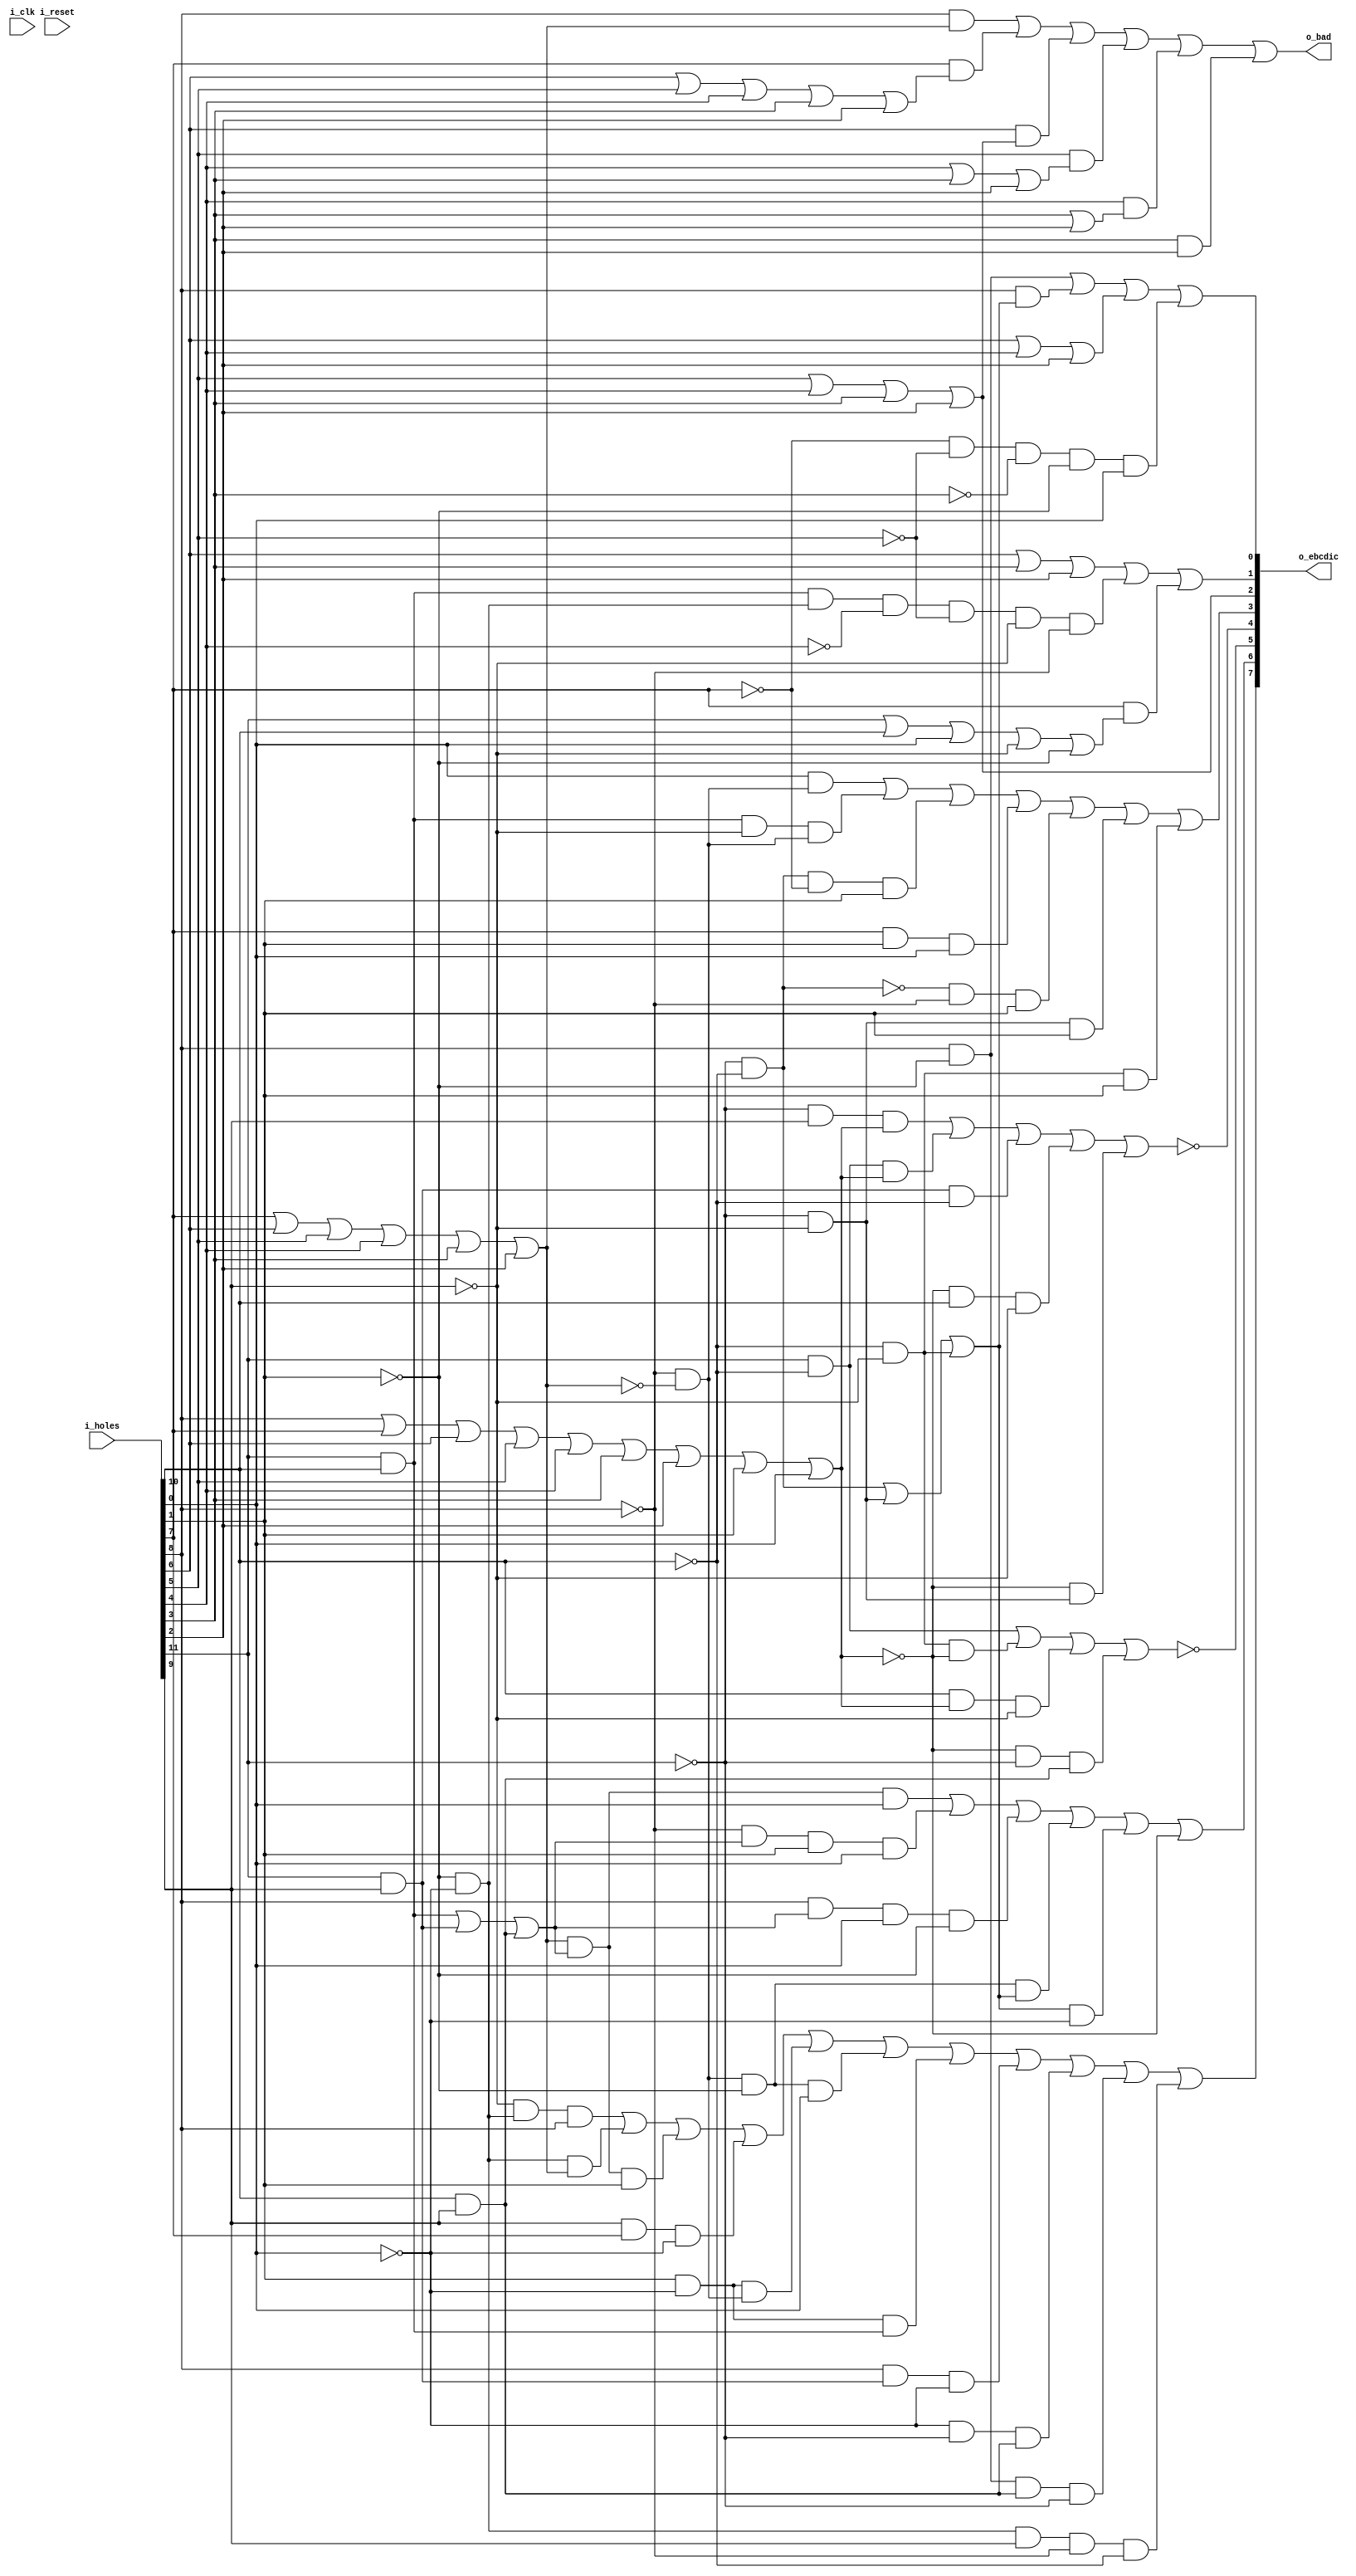
module ccc18(i_clk, i_reset,
	i_holes,
	o_ebcdic,
	o_bad);

/* verilator lint_off UNUSED */
input wire i_clk;
input wire i_reset;
/* verilator lint_on UNUSED */
input wire [11:0] i_holes;
output wire [7:0] o_ebcdic;
output wire o_bad;

// rcornwell hole assignment
// t 800  8 2   4 20	t=twelve top of card
// e 400  7 4   3 40	e = eleven
// 0 200  6 8   2 80
// 9 1    8 10  1 100	9 = bottom of card

// ref: 2_2821_ALD_text.pdf
// 32.20.61.1 - 32.20.66.1 (pdf pages 42-47)
// 32.31.10.1 (pdf page 66)

localparam xT = 11;	// 800
localparam xE = 10;	// 400
localparam x0 = 9;	// 200
localparam x1 = 8;	// 100
localparam x2 = 7;	// 80
localparam x3 = 6;	// 40
localparam x4 = 5;	// 20
localparam x5 = 4;	// 10
localparam x6 = 3;	// 8
localparam x7 = 2;	// 4
localparam x8 = 1;	// 2
localparam x9 = 0;	// 1

wire bT = i_holes[xT];
wire bE = i_holes[xE];
wire b0 = i_holes[x0];
wire b1 = i_holes[x1];
wire b2 = i_holes[x2];
wire b3 = i_holes[x3];
wire b4 = i_holes[x4];
wire b5 = i_holes[x5];
wire b6 = i_holes[x6];
wire b7 = i_holes[x7];
wire b8 = i_holes[x8];
wire b9 = i_holes[x9];

wire r0,r1,r2,r3,r4,r5,r6,r7;

assign o_ebcdic = {r0,r1,r2,r3,r4,r5,r6,r7};

	// 32.20.61.1
	wire bT_E = bT & bE;
	wire bT_0 = bT & b0;
	wire bE_0 = bE & b0;
	wire b2_zones = bT_E | bT_0 | bE_0;
	wire bnT_nE = ~bT & ~bE;
	wire bnT_n0 = ~bT & ~b0;
	wire bnE_n0 = ~bE & ~b0;
	wire bn2_zones = bnT_nE | bnT_n0 | bnE_n0;
	wire bn8_n9 = ~b8 & ~b9;
	// 32.20.62.1
	wire b234567 = b2 | b3 | b4 | b5 | b6 | b7;
	wire bn1_n234567 = ~b1 & ~b234567;
	wire b123456789 = b1 | b2 | b3 | b4 | b5 | b6 | b7 | b8 | b9;
	wire b_not_numeric = ~b123456789;
//	wire b_any_bit = b123456789 | b0 | bE | bT;
	wire b_TE9n0n8 = bT | bE | b9 | ~b0 | ~b8 ;

	// 32.20.63.1
	assign r0 = ~b0 & bn8_n9 & b1 |
		bn8_n9 & b234567 |
		b234567 & b2_zones & b8 |
		b0 & b2 & ~b9 |
		b8 & ~b9 & bn1_n234567 |
		bn1_n234567 & ~b8 & b9 |
		b8 & ~b9 & bT_E |
		b1 & bT_0 & ~b9 |
		~b9 & ~bT & bE_0 |
		b1 & ~b8 & bE_0 & ~bT |
		bn8_n9 & b0 & ~b1 & ~bE;

	// 32.20.64.1
	assign r1 = b234567 & b2_zones & b9 |
		~b1 & b2_zones & b8 & b9 |
		b1 & b2_zones & b9 & ~b8 |
		~b8 & bn1_n234567 & bn2_zones |
		bn2_zones & ~b9 |
		b_not_numeric;
	assign r2 = ~( bT & ~bE |
		bnE_n0 & b_not_numeric |
		bE & b123456789 & ~b0 |
		b_not_numeric & ~bT & bE_0 );

	// 32.20.65.1
	assign r3 = ~( ~bT & b0 & b123456789 |
		bT & ~bE & b123456789 |
		bT_0 & ~bE |
		b_not_numeric & bE & ~b0 |
		b_not_numeric & bnT_n0 );
	assign r4 =
		b9 & bn1_n234567 |
		bT_E & ~b0 & bn1_n234567 |
		bnT_nE & ~b2 & b8 |
		b2 & b8 & b9 |
		~bnT_nE & ~b1 & b8 |
		bnT_n0 & b8 |
		bnE_n0 & b8;

	// 32.20.66.1
	assign r5 = b4 | b5 | b6 | b7;
	assign r6 = (b3 | b6 | b7) |
		bT_E & bn8_n9 & ~b5 & ~b4 & ~b0 & ~b1 |
		b2 & b_TE9n0n8;
	assign r7 = b1 & ~b8 | b1 & bn2_zones |
		(b3 | b5 | b7) |
		~b2 & ~b4 & ~b6 & ~b8 & b9;

	// 32.31.10.1
	assign o_bad = b1 & b234567 |
		b2 & (b3 | b4 | b5 | b6 | b7) |
		b3 & r5 |
		b4 & (b5 | b6 | b7) |
		b5 & (b6 | b7) |
		b6 & b7;

endmodule